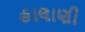
હાલાણી